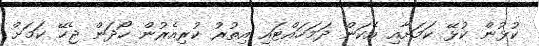
ކުޅުން ކުޅޭ ކަމަށާއި އެކަން ދަމަހައްޓައި އިތުރު ކުރިއެރުން ހޯދަން ޖެހޭ ކަމަށް